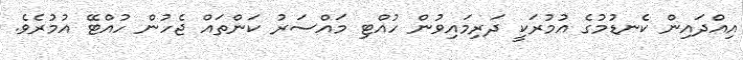
އިއްދައިން ކެނޑުމުގެ އުމުރަކީ ދަރިމައިވުން ހުއްޓި މައްސަރު ކަންތައް ޖެހުން ހުއްޓޭ އުމުރެވެ.